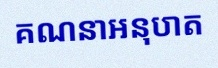
គណនាអនុបាត